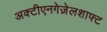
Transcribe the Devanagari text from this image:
अक्टीएनगेज़ेलशाफ्ट